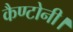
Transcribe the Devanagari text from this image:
कैण्टोनी।